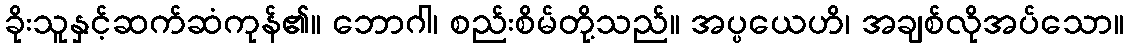
ခိုးသူနှင့်ဆက်ဆံကုန်၏။ ဘောဂါ၊ စည်းစိမ်တို့သည်။ အပ္ပယေဟိ၊ အချစ်လိုအပ်သော။